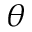
\theta